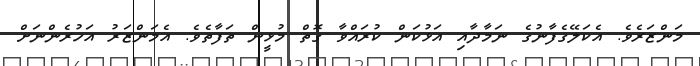
މަންޒަރެވެ. އެކަލޭގެފާނުގެ ނަމާދާއި އަޅުކަން ކުރައްވާ ގޮތް މުޅީން ތަފާތެވެ. އެމަންޒަރު އަހުރެންނަށް